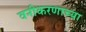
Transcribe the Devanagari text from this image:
वनीकरणाच्या